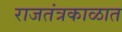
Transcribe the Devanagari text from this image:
राजतंत्रकाळात